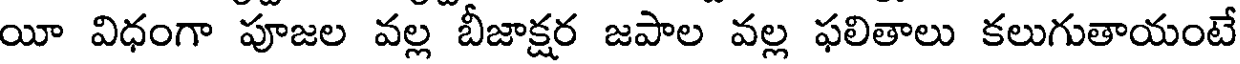
యీ విధంగా పూజల వల్ల బీజాక్షర జపాల వల్ల ఫలితాలు కలుగుతాయంటే